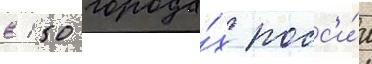
в 150 города́х росс'и́и